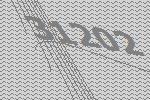
31202